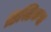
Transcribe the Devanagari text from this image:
डिस्टिकस